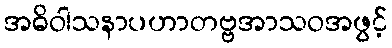
အဓိဝါသနာပဟာတဗ္ဗအာသဝအဖွင့်